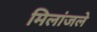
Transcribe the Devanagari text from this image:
मिलांजले